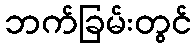
ဘက်ခြမ်းတွင်